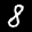
Label: 8